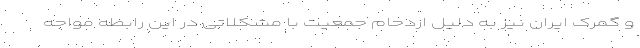
و گمرک ایران نیز به دلیل ازدحام جمعیت با مشکلاتی در این رابطه مواجه